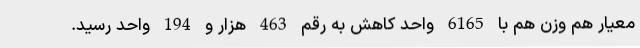
معیار هم وزن هم با 6165 واحد کاهش به رقم 463 هزار و 194 واحد رسید.